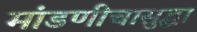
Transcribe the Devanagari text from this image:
मांडणीचासुद्धा